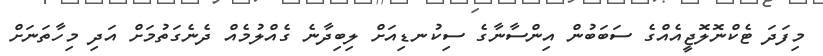
މިފަދަ ޓެކްނޮލޮޖީއެއްގެ ސަބަބުން އިންސާނާގެ ސިކުނޑިއަށް ލިބިދާނެ ގެއްލުމެއް ދެނެގަތުމަށް އަދި މިހާތަނަށް